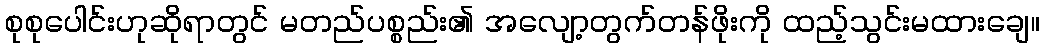
စုစုပေါင်းဟုဆိုရာတွင် မတည်ပစ္စည်း၏ အလျော့တွက်တန်ဖိုးကို ထည့်သွင်းမထားချေ။